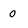
Character: 0